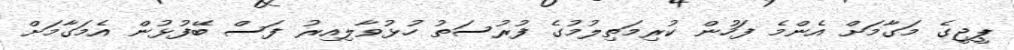
ޕީޖީގެ މަގާމަށް އެންމެ ފަހުން ކުރިމަތިލުމުގެ ފުރުސަތު ހުޅުވާލިއިރު ފަސް ބޭފުޅުން އެމަގާމަށް